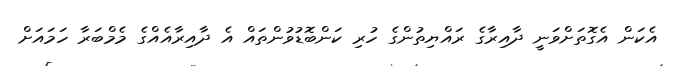
އެކަން އެގޮތަށްވަނީ ދާއިރާގެ ރައްޔިތުންގެ ހުރި ކަންބޮޑުވުންތައް އެ ދާއިރާއެއްގެ މެމްބަރާ ހަމައަށް